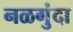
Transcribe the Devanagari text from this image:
नळगुंदा